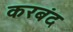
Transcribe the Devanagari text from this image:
करबंद